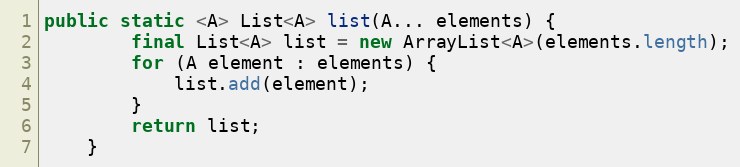
Language: Java
public static <A> List<A> list(A... elements) {
        final List<A> list = new ArrayList<A>(elements.length);
        for (A element : elements) {
            list.add(element);
        }
        return list;
    }